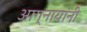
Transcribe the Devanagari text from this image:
आग्नायांनी